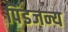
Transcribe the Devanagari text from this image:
पिंडजन्य